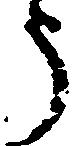
う